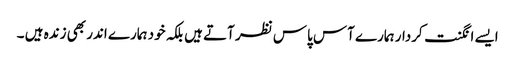
ایسے انگنت کردار ہمارے آس پاس نظر آتے ہیں بلکہ خود ہمارے اندر بھی زندہ ہیں ۔